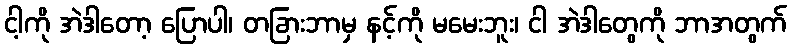
ငါ့ကို အဲဒါတော့ ပြောပါ၊ တခြားဘာမှ နင့်ကို မမေးဘူး၊ ငါ အဲဒါတွေကို ဘာအတွက်